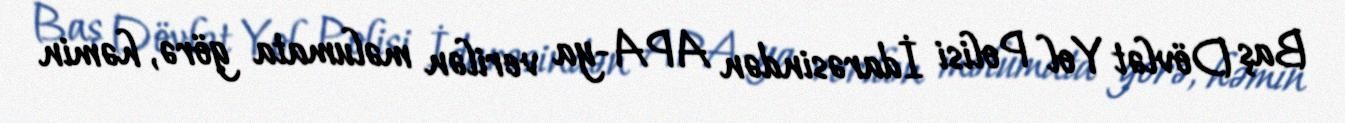
Baş Dövlət Yol Polisi İdarəsindən APA-ya verilən məlumata görə, həmin